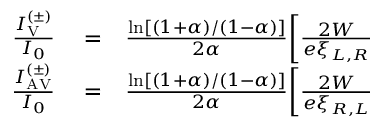
\begin{array} { r l r } { \frac { I _ { \mathrm { V } } ^ { ( \pm ) } } { I _ { 0 } } } & { { } = } & { \frac { \ln [ ( 1 + \alpha ) / ( 1 - \alpha ) ] } { 2 \alpha } \biggl [ \frac { 2 W } { e \xi _ { L , R } } } \\ { \frac { I _ { \mathrm { A V } } ^ { ( \pm ) } } { I _ { 0 } } } & { { } = } & { \frac { \ln [ ( 1 + \alpha ) / ( 1 - \alpha ) ] } { 2 \alpha } \biggl [ \frac { 2 W } { e \xi _ { R , L } } } \end{array}